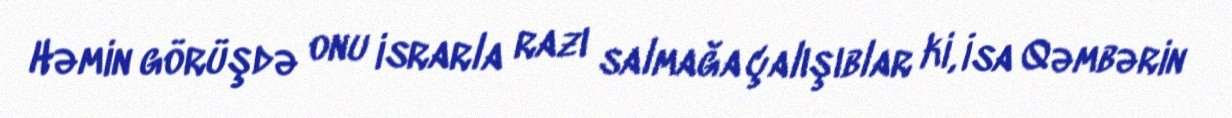
Həmin görüşdə onu israrla razı salmağa çalışıblar ki, İsa Qəmbərin